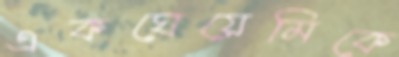
একঘেয়েমিকে